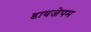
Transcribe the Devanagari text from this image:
डायजेपम